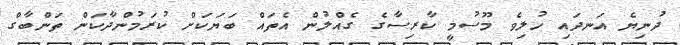
ދުނިޔެ އަނދައި ހުލިވެ މޫސުމީ ކާރިސާގެ ގެއްލުން އެތައް ބަޔަކަށް ކުރަމުންދާކަން ތަންބާގް